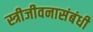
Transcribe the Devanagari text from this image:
स्त्रीजीवनासंबंधी